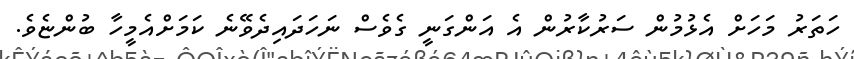
ހަތަރު މަހަށް އެޅުމުން ސަރުކާރުން އެ އަންގަނީ ގެވެސް ނަހަދައިދެވޭނެ ކަމަށްއެމީހާ ބުންޏެވެ.